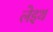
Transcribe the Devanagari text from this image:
लेइथ